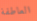
العاطفة